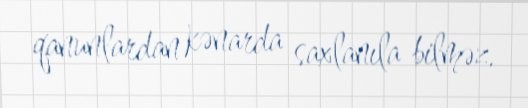
qanunlardan kənarda saxlanıla bilməz.